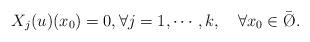
LaTeX: \begin{align*}X_{j}(u)(x_{0}) = 0,\forall j=1,\cdots,k,\ \ \ \forall x_0 \in \bar \O.\end{align*}